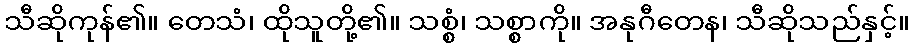
သီဆိုကုန်၏။ တေသံ၊ ထိုသူတို့၏။ သစ္စံ၊ သစ္စာကို။ အနုဂီတေန၊ သီဆိုသည်နှင့်။